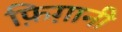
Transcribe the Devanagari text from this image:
फ़िग़ानी